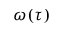
\omega ( \tau )